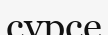
сүрсе